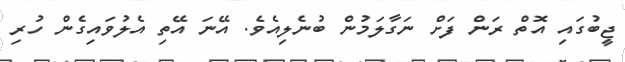
ޖީބުގައި އޮތް ރަން ފަށް ނަގާލަމުން ބުނެލިއެވެ. އޭނަ އޭތި އެލުވައިގެން ހުރި